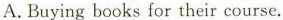
A.Buying books for their course.